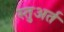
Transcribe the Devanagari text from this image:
स्तुअर्त